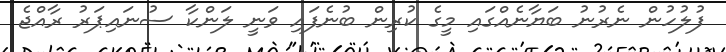
ފުލުހުން ނެރުނު ބަޔާނެއްގައި މީގެ ކުރިން ބުނެފައި ވަނީ ލަންކާ ސުނައިޕަރު ރާއްޖެ